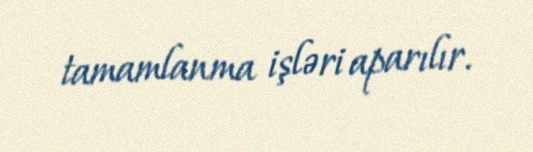
tamamlanma işləri aparılır.